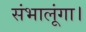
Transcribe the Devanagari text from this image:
संभालूंगा।